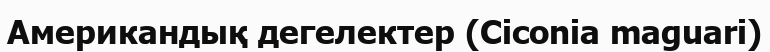
Американдық дегелектер (Ciconia maguari)